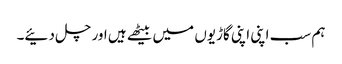
ہم سب اپنی اپنی گاڑیوں میں بیٹھے ہیں اور چل دئیے۔